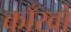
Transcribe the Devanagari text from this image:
काँखों